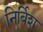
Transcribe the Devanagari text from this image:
निर्बिश